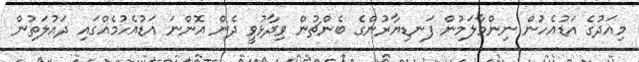
މިއަދުގެ އަޑުއެހުން ނިންމާލަމުން ފަނޑިޔާރުންގެ ބެންޗުން ވިދާޅުވީ ދެން އޮންނަ އަޑުއެހުމެއްގައި ދައުލަތުން